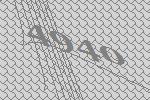
4940